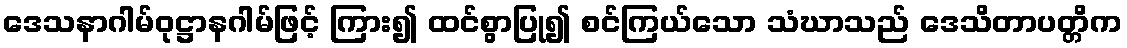
ဒေသနာဂါမ်ဝုဋ္ဌာနဂါမ်ဖြင့် ကြား၍ ထင်စွာပြု၍ စင်ကြယ်သော သံဃာသည် ဒေသိတာပတ္တိက